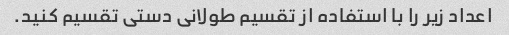
اعداد زیر را با استفاده از تقسیم طولانی دستی تقسیم کنید.